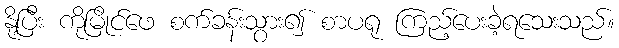
နို့ပြီး ကိုမြိုင်ဖေ စက်ခန်းသွား၍ စာပရု ကြည့်ပေးခဲ့ရသေးသည်။